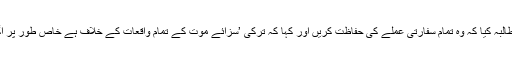
‘ انھوں نے ایران سے مطابق سے مطالبہ کیا کہ وہ تمام سفارتی عملے کی حفاظت کریں اور کہا کہ ترکی ’سزائے موت کے تمام واقعات کے خلاف ہے خاص طور پر اگر یہ سیاسی محرکات کی حامل ہیں۔